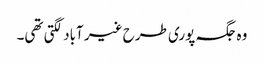
وہ جگہ پوری طرح غیر آباد لگتی تھی۔